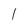
Character: l